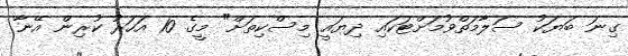
ގިނަ ބަޔަކު ސަލާމަތްވުމަށްޓަކައި ދިޔައީ މިސްކިތަށް" މީގެ 10 އަހަރު ކުރިން އޭނާ